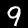
Digit: 9